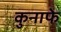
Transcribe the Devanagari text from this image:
कुनाफे